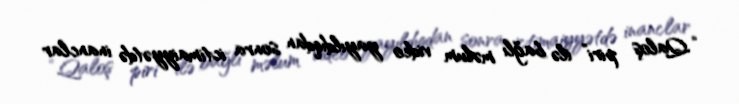
“Qaloş piri” ilə bağlı məlum video yayıldıqdan sonra ictimaiyyətdə inanclar